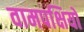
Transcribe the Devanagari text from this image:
वामपक्षियों